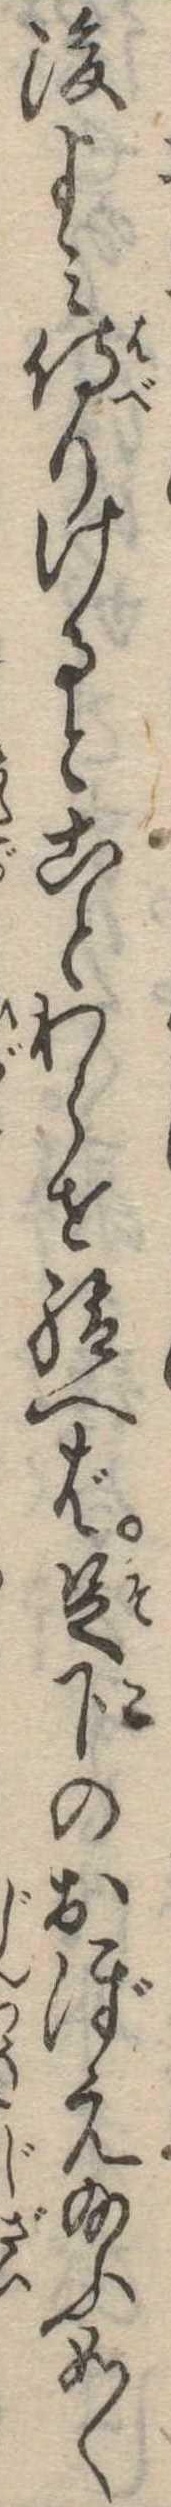
後よみ侍りけるとことわらせ給へば足下のおぼえ給ふ如く